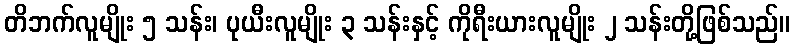
တိဘက်လူမျိုး ၅ သန်း၊ ပုယီးလူမျိုး ၃ သန်းနှင့် ကိုရီးယားလူမျိုး ၂ သန်းတို့ဖြစ်သည်။